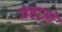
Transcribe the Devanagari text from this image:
जहाज़ो